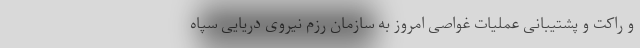
و راکت و پشتیبانی عملیات غواصی امروز به سازمان رزم نیروی دریایی سپاه